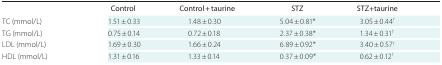
|  | Control | Control + taurine | STZ | STZ+taurine |
 | --- | --- | --- | --- | --- |
 | TC (mmol/L) | 1.51 ± 0.33 | 1.48 ± 0.30 | 5.04 ± 0.81* | 3.05 ± 0.44† |
 | TG (mmol/L) | 0.75 ± 0.14 | 0.72 ± 0.18 | 2.37 ± 0.38* | 1.34 ± 0.31† |
 | LDL (mmol/L) | 1.69 ± 0.30 | 1.66 ± 0.24 | 6.89 ± 0.92* | 3.40 ± 0.57† |
 | HDL (mmol/L) | 1.31 ± 0.16 | 1.33 ± 0.14 | 0.37 ± 0.09* | 0.62 ± 0.12† |